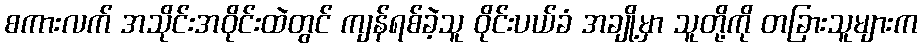
စကားလက် အသိုင်းအဝိုင်းထဲတွင် ကျန်ရစ်ခဲ့သူ ဝိုင်းပယ်ခံ အချို့မှာ သူတို့ကို တခြားသူများက